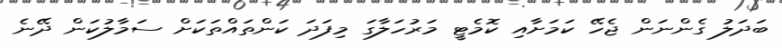
ބަދަލު ގެންނަން ޖެހޭ ކަމަށާއި ކޮމެޓީ މަރުހަލާގަ މިފަދަ ކަންތައްތަކަށް ސަމާލުކަން ދޭނެ